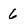
Character: 6